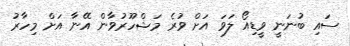
ސައި ބުނަނީ ވީޑިއޯ ލަވަ އަށް ވުރެ މަޝްހޫރުވާން އޭނާ އަށް މިހާރު